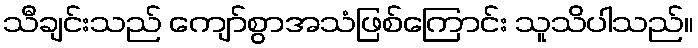
သီချင်းသည် ကျော်စွာအသံဖြစ်ကြောင်း သူသိပါသည်။